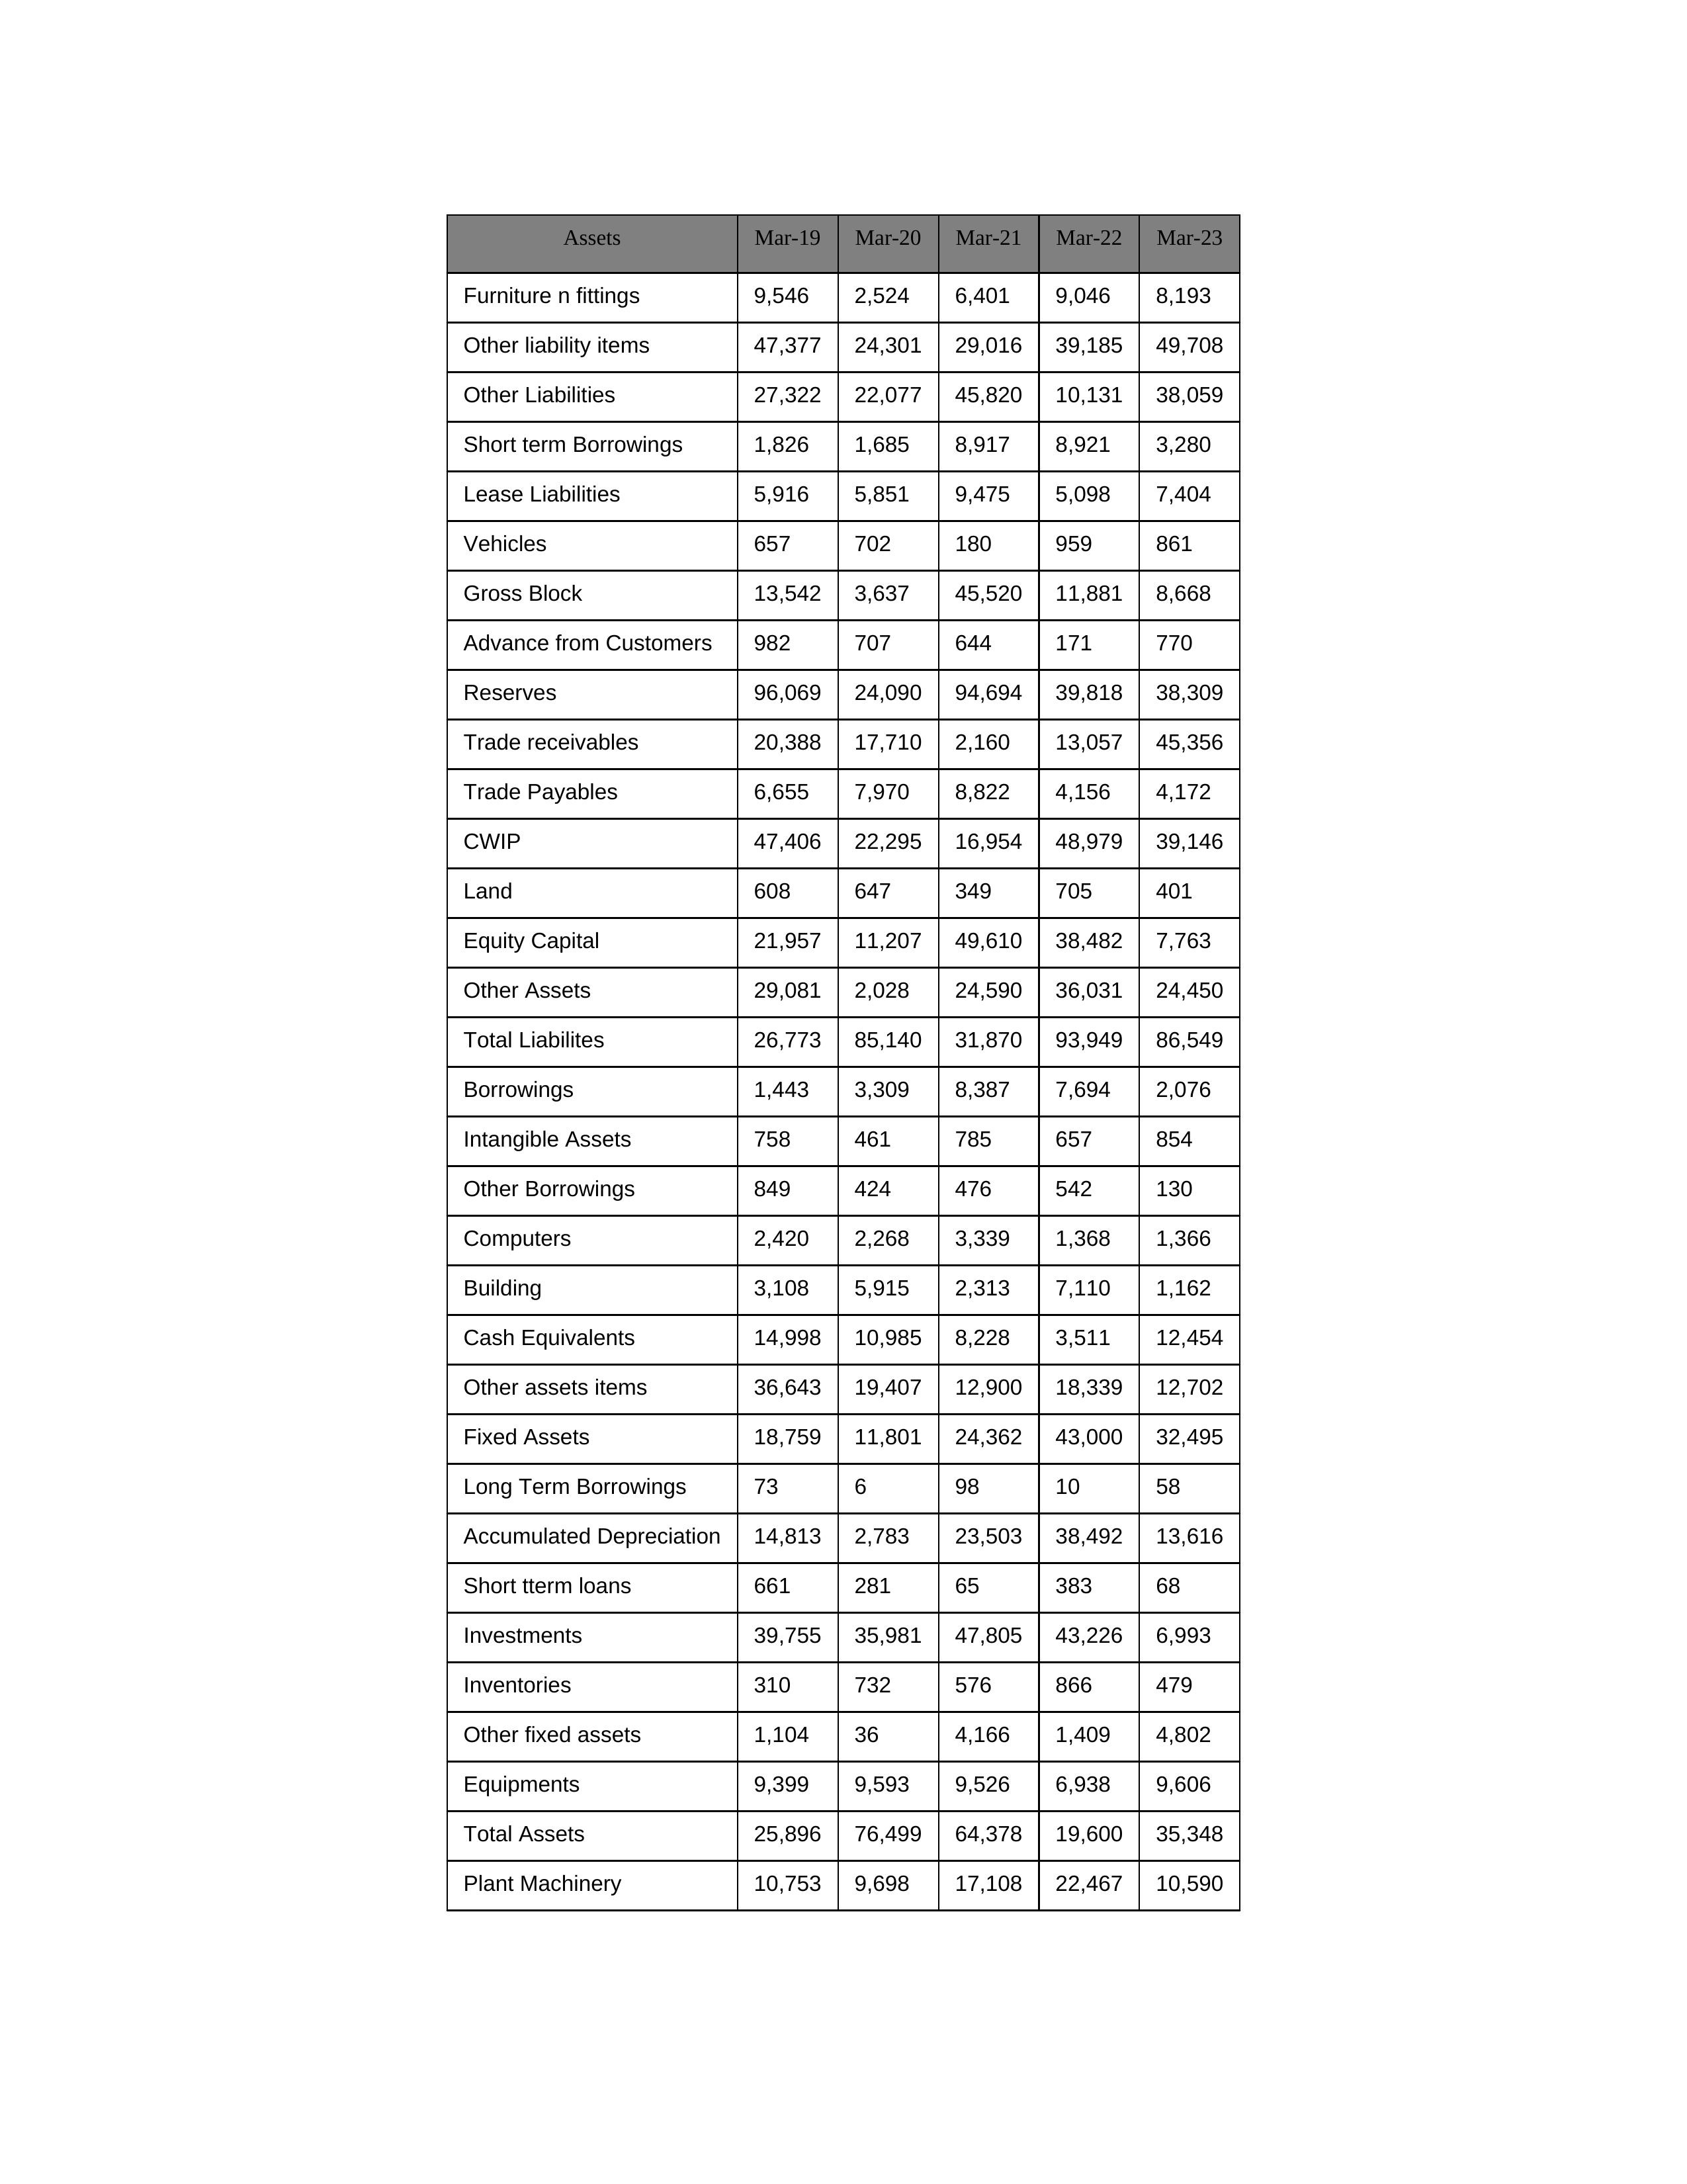
gt_parse: Mar-19: Equity Capital: 21,957
Reserves: 96,069
Borrowings: 1,443
Long Term Borrowings: 73
Short term Borrowings: 1,826
Lease Liabilities: 5,916
Other Borrowings: 849
Other Liabilities: 27,322
Trade Payables: 6,655
Advance from Customers: 982
Other liability items: 47,377
Total Liabilites: 26,773
Fixed Assets: 18,759
Land: 608
Building: 3,108
Plant Machinery: 10,753
Equipments: 9,399
Computers: 2,420
Furniture n fittings: 9,546
Vehicles: 657
Intangible Assets: 758
Other fixed assets: 1,104
Gross Block: 13,542
Accumulated Depreciation: 14,813
CWIP: 47,406
Investments: 39,755
Other Assets: 29,081
Inventories: 310
Trade receivables: 20,388
Cash Equivalents: 14,998
Short tterm loans: 661
Other assets items: 36,643
Total Assets: 25,896
Mar-20: Equity Capital: 11,207
Reserves: 24,090
Borrowings: 3,309
Long Term Borrowings: 6
Short term Borrowings: 1,685
Lease Liabilities: 5,851
Other Borrowings: 424
Other Liabilities: 22,077
Trade Payables: 7,970
Advance from Customers: 707
Other liability items: 24,301
Total Liabilites: 85,140
Fixed Assets: 11,801
Land: 647
Building: 5,915
Plant Machinery: 9,698
Equipments: 9,593
Computers: 2,268
Furniture n fittings: 2,524
Vehicles: 702
Intangible Assets: 461
Other fixed assets: 36
Gross Block: 3,637
Accumulated Depreciation: 2,783
CWIP: 22,295
Investments: 35,981
Other Assets: 2,028
Inventories: 732
Trade receivables: 17,710
Cash Equivalents: 10,985
Short tterm loans: 281
Other assets items: 19,407
Total Assets: 76,499
Mar-21: Equity Capital: 49,610
Reserves: 94,694
Borrowings: 8,387
Long Term Borrowings: 98
Short term Borrowings: 8,917
Lease Liabilities: 9,475
Other Borrowings: 476
Other Liabilities: 45,820
Trade Payables: 8,822
Advance from Customers: 644
Other liability items: 29,016
Total Liabilites: 31,870
Fixed Assets: 24,362
Land: 349
Building: 2,313
Plant Machinery: 17,108
Equipments: 9,526
Computers: 3,339
Furniture n fittings: 6,401
Vehicles: 180
Intangible Assets: 785
Other fixed assets: 4,166
Gross Block: 45,520
Accumulated Depreciation: 23,503
CWIP: 16,954
Investments: 47,805
Other Assets: 24,590
Inventories: 576
Trade receivables: 2,160
Cash Equivalents: 8,228
Short tterm loans: 65
Other assets items: 12,900
Total Assets: 64,378
Mar-22: Equity Capital: 38,482
Reserves: 39,818
Borrowings: 7,694
Long Term Borrowings: 10
Short term Borrowings: 8,921
Lease Liabilities: 5,098
Other Borrowings: 542
Other Liabilities: 10,131
Trade Payables: 4,156
Advance from Customers: 171
Other liability items: 39,185
Total Liabilites: 93,949
Fixed Assets: 43,000
Land: 705
Building: 7,110
Plant Machinery: 22,467
Equipments: 6,938
Computers: 1,368
Furniture n fittings: 9,046
Vehicles: 959
Intangible Assets: 657
Other fixed assets: 1,409
Gross Block: 11,881
Accumulated Depreciation: 38,492
CWIP: 48,979
Investments: 43,226
Other Assets: 36,031
Inventories: 866
Trade receivables: 13,057
Cash Equivalents: 3,511
Short tterm loans: 383
Other assets items: 18,339
Total Assets: 19,600
Mar-23: Equity Capital: 7,763
Reserves: 38,309
Borrowings: 2,076
Long Term Borrowings: 58
Short term Borrowings: 3,280
Lease Liabilities: 7,404
Other Borrowings: 130
Other Liabilities: 38,059
Trade Payables: 4,172
Advance from Customers: 770
Other liability items: 49,708
Total Liabilites: 86,549
Fixed Assets: 32,495
Land: 401
Building: 1,162
Plant Machinery: 10,590
Equipments: 9,606
Computers: 1,366
Furniture n fittings: 8,193
Vehicles: 861
Intangible Assets: 854
Other fixed assets: 4,802
Gross Block: 8,668
Accumulated Depreciation: 13,616
CWIP: 39,146
Investments: 6,993
Other Assets: 24,450
Inventories: 479
Trade receivables: 45,356
Cash Equivalents: 12,454
Short tterm loans: 68
Other assets items: 12,702
Total Assets: 35,348